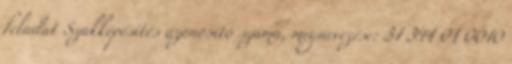
feladat Szakképesítés azonosító száma, megnevezése: 31 341 01 0010